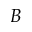
B